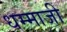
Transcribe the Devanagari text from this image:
धम्माजी